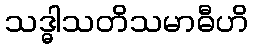
သဒ္ဓါသတိသမာဓီဟိ